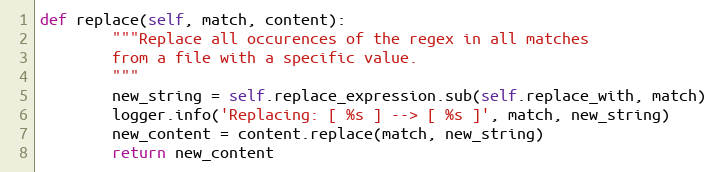
Language: Python
def replace(self, match, content):
        """Replace all occurences of the regex in all matches
        from a file with a specific value.
        """
        new_string = self.replace_expression.sub(self.replace_with, match)
        logger.info('Replacing: [ %s ] --> [ %s ]', match, new_string)
        new_content = content.replace(match, new_string)
        return new_content